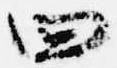
四